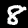
Label: 8